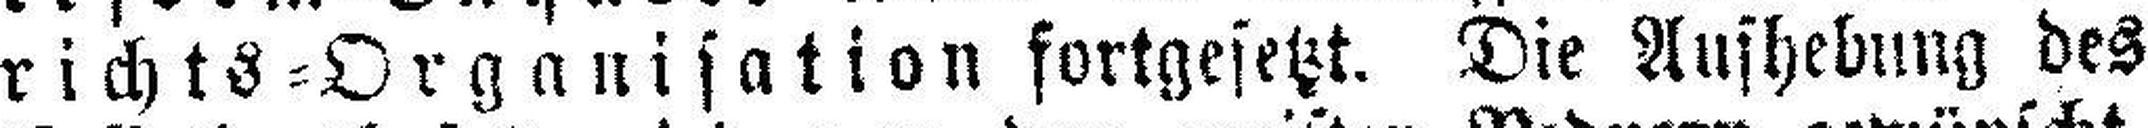
richts=Organisation fortgesetzt. Die Aufhebung des